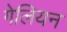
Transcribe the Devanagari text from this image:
गेलियन